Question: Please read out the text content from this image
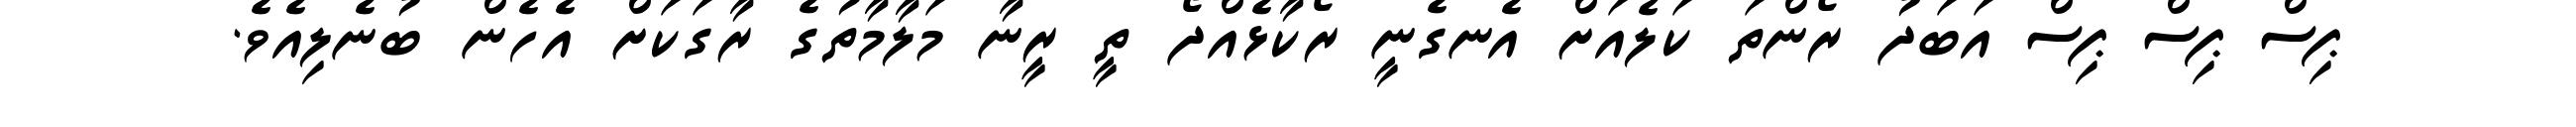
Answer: ޕިސް ޕިސް ޕިސް އަބަދު ރޯންތަ ކަލެއަށް އެނގެނީ ރޯކާޅެއްދޯ ތީ ރީނާ މަލާމާތުގެ ރާގަކަށް އެހެން ބުނެލިއެވެ.